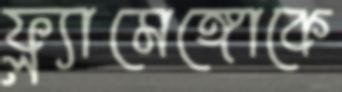
ফ্ল্যামেঙ্গোকে